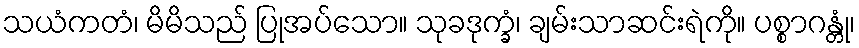
သယံကတံ၊ မိမိသည် ပြုအပ်သော။ သုခဒုက္ခံ၊ ချမ်းသာဆင်းရဲကို။ ပစ္စာဂန္တုံ၊